Civil Veterinary Department. Madras. Admin. report 1926-33 - 1926-1933
Year: 1926
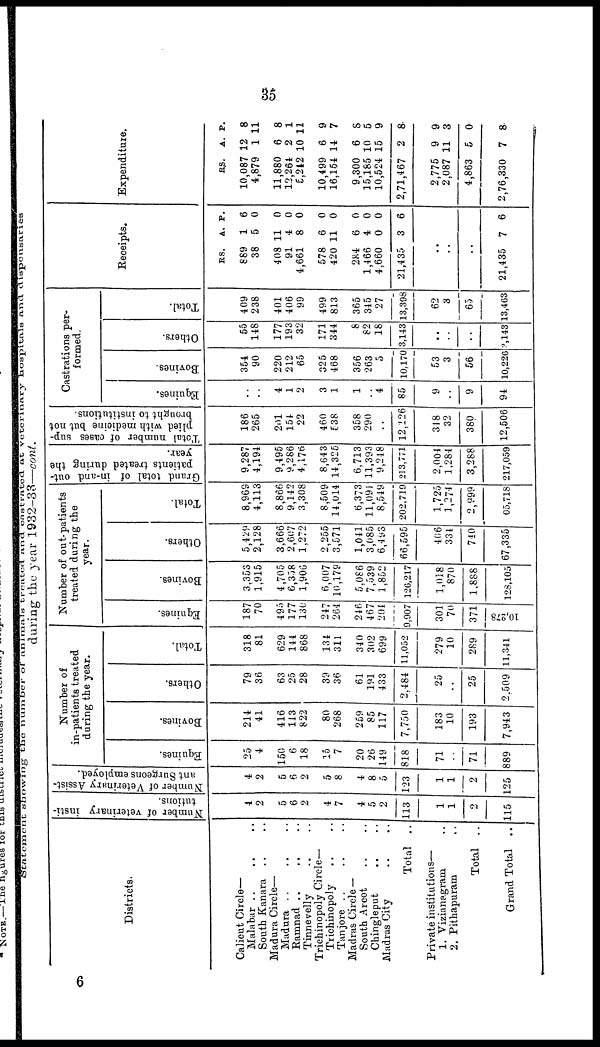
35
Statement showing the number of animals treated and castrated at veterinary hospitals and dispensaries
during the year 1932-33—cont.
Districts.
Calicut Circle—
South Kanara .. ..
Madura Circle—
Tinnevelly .. ..
Trichinopoly Circle—
Trichinopoly .. ..
Tanjore .. ..
Madras Circle —
Madras City
Total
..
Private institutions—
1. Vizianagram ..
2. Pithapuram ..
Total ..
Grand Total
..
Number of veterinary insti-
tutions.
4
2
5
6
2
4
7
4
5
2
113
1
1
2
115
Number of Veterinary Assist-
ant Surgeons employed.
4
2
5
6
2
5
8
4
8
5
123
1
1
2
125
Number of
in-patients treated
during the year.
Equines.
25
4
150
6
18
15
7
20
26
149
818
71
..
71
889
Bovines.
214
41
416
113
822
80
268
259
85
117
7,750
183
10
193
7,943
Others.
79
36
63
25
28
39
36
61
191
433
2,484
25
..
25
2,509
Total.
318
81
629
144
868
134
311
340
302
699
11,052
279
10
289
11,341
Number of out-patients
treated during the
year.
Equines.
187
70
495
177
130
247
264
246
467
204
9,907
301
70
371
10,278
Bovines.
3,353
1,915
4,705
6,358
1,900
6,007
10,179
5,086
7,539
1,852
126,217
1,038
870
1,888
128,105
Others.
5,429
2,128
3,666
2,607
1,272
2,255
3,571
1,041
3,085
6,493
66,595
406
334
740
67,335
Total.
8,969
4,113
8,866
9,142
3,308
8,509
14,014
6,373
11,091
8,549
202,719
1,725
1,274
2 999
05,718
Grand total of in-and out-
patients treated during the
year.
9,287
4,194
9,495
9,286
4,176
8,643
14,325
6,713
11,393
9,248
213,771
2,004
1,284
3,288
217,059
Total number of cases sup-
plied with medicine but not
brought to institutions.
186
265
201
154
22
460
538
358
290
..
12,126
318
32
380
12,506
Castrations per-
formed.
Equines.
..
..
4
1
2
3
1
1
4
85
9
..
9
94
Bovines.
354
90
220
212
65
325
468
356
263
D
10,170
53
3
56
10,226
Others.
55
148
177
193
32
171
344
8
82
18
3,143
..
..
..
3,143
Total.
409
238
401
406
99
499
813
365
345
27
13,398
62
3
65
13,463
Receipts.
RS.
889
38
4 08
91
4,661
578
420
284
1,466
4,660
21,435
A.
1
5
11
4
8
6
11
6
4
0
3
P.
6
0
0
0
0
0
0
0
0
0
6
..
..
..
21,435 7 6
Expenditure.
RS.
10,087
4,879
11,880
12,264
5,242
10,499
16,154
9,300
15,185
10,524
2,71,467
2,775
2,087
4,863
2,76,330
A.
12
1
6
2
10
6
14
6
10
15
2
9
11
5
7
P.
8
11
8
1
11
9
7
8
5
9
8
9
3
0
8